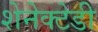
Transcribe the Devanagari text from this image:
शेनेक्टेडी